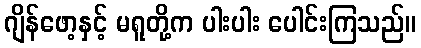
ဂျိန်ဖော့နှင့် မရူတို့က ပါးပါး ပေါင်းကြသည်။